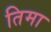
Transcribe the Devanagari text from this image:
तिमा